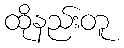
ထိုနည်းတူ